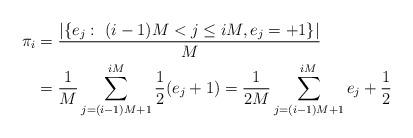
LaTeX: \begin{align*} \pi_i &= \frac{|\{e_j:\ (i-1)M<j\leq iM, e_j=+1\}|}{M} \\ &= \frac{1}{M}\sum_{j=(i-1)M+1}^{iM} \frac{1}{2}(e_j+1) =\frac{1}{2M}\sum_{j=(i-1)M+1}^{iM} e_j+\frac{1}{2}\end{align*}